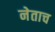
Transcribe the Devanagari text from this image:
नेताच